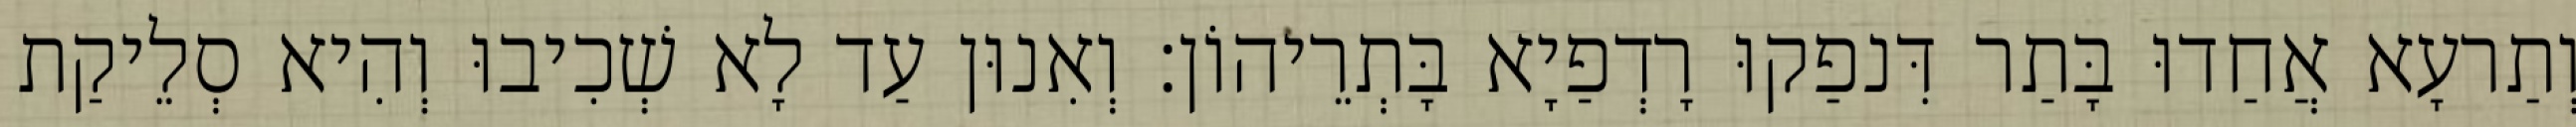
וְתַרעָא אֲחַדוּ בָּתַר דִּנפַקוּ רָדְפַיָא בָּתְרֵיהוֹן׃ וְאִנוּן עַד לָא שְׁכִיבוּ וְהִיא סְלֵיקַת